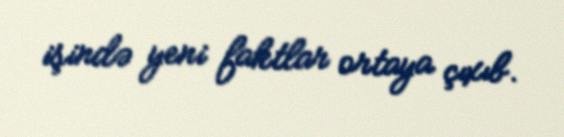
işində yeni faktlar ortaya çıxıb.